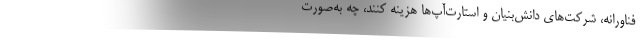
فناورانه، شرکت‌های دانش‌بنیان و استارت‌آپ‌ها هزینه کنند، چه به‌صورت